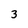
Character: 3